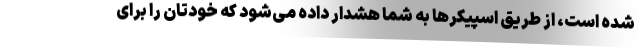
شده است، از طریق اسپیکرها به شما هشدار داده می‌شود که خودتان را برای